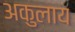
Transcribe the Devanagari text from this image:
अकुलाय